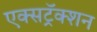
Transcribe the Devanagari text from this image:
एक्सट्रॅक्शन